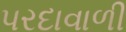
પરદાવાળી